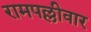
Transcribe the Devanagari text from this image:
रामपल्लीवार